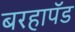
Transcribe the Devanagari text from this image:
बरहापॅड